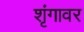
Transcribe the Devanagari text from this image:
शृंगावर